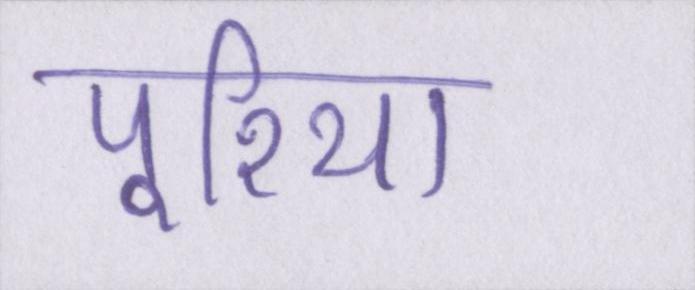
पूरिया